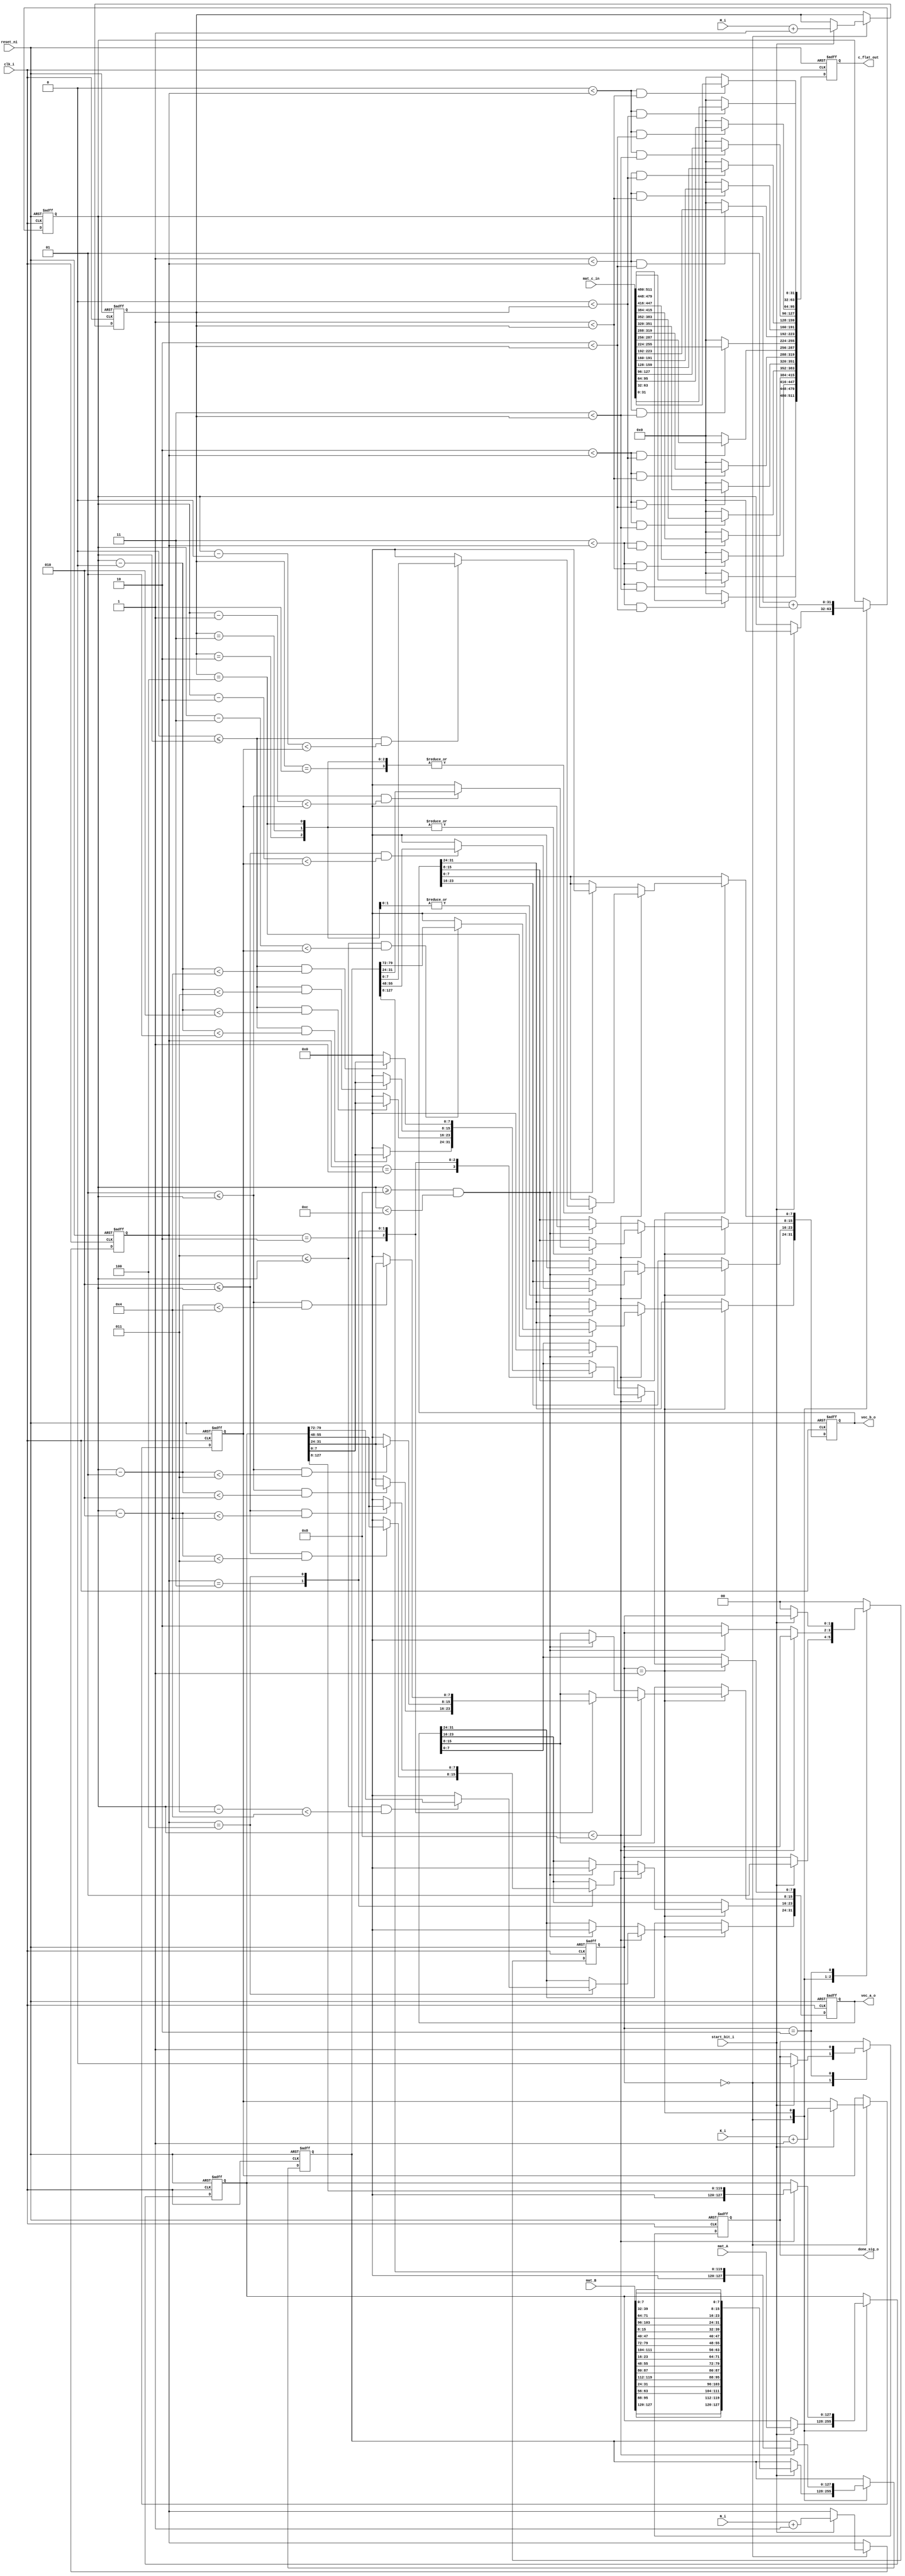
module mat_pad (clk_i,reset_ni,start_bit_i,mat_A,mat_B,mat_c_in,N_i,K_i,M_i,vec_a_o,vec_b_o,c_flat_out,done_sig_o);
    parameter DW = 8; // Data width for matrix elements.
    parameter BW = 32; // Bus width for accumulators and outputs. Must be a multiple of DW.
    parameter [1:0] // pragma enum current_state_code gray
    STATE_DONE    = 2'b10,
     STATE_PADDING = 2'b01,
     STATE_START   = 2'b00;
    localparam MAX_DIM = BW / DW; // Maximum dimension of the matrix, derived from BW and DW.
    localparam Elements_Num = MAX_DIM * MAX_DIM; // Total number of elements in the matrix.
	
    input wire clk_i; // Clock input
    input wire reset_ni; // Active low reset input
    input wire start_bit_i;
    input wire [(Elements_Num*DW)-1:0] mat_A;
    input wire [(Elements_Num*DW)-1:0] mat_B;
    input wire [(BW*Elements_Num)-1:0] mat_c_in;
    input wire [1:0] N_i, K_i, M_i;
    output reg [(MAX_DIM*DW)-1:0] vec_a_o;
    output reg [(MAX_DIM*DW)-1:0] vec_b_o;
    output reg [(BW * MAX_DIM * MAX_DIM)-1:0] c_flat_out;
    output reg done_sig_o;

    //----------------------Internal wires-----------------------
    integer i, j, cycle_count; // Decoded Dimensions of the matrix for processing
    reg  [(Elements_Num*DW)-1:0] shifted_mat_A;
    reg  [(Elements_Num*DW)-1:0] shifted_mat_B;
    wire [(Elements_Num*DW)-1:0] mat_B_T;
    reg [1:0] current_state;
    reg [2:0] N,K,M;

    genvar row, col;
    // Generating the transpose of matrix B
    generate
        for (row = 0; row < MAX_DIM; row = row + 1) begin: row_loop
            for (col = 0; col < MAX_DIM; col = col + 1) begin: col_loop
               assign mat_B_T[(col*MAX_DIM+row+1)*DW-1 -: DW] = mat_B[(row*MAX_DIM+col+1)*DW-1 -: DW];
            end
        end
    endgenerate
  
    //---------------------------FSM------------------------------
    always @(posedge clk_i or negedge reset_ni) begin : FSM
        if (!reset_ni) begin
            // Reset logic
            vec_a_o <= 0;
            vec_b_o <= 0;
            shifted_mat_A <= 0;
            shifted_mat_B <= 0;
            done_sig_o <= 0;
            current_state <= STATE_START;
            cycle_count <= 0;

            N <= 0;
            K <= 0;
            M <= 0; 
          end
        else begin
          // Operating based on the current state
            case (current_state)
                STATE_START: begin
                    if (start_bit_i) begin  // Begin operations, loading matrices and setting dimensions
                        shifted_mat_A <= mat_A;
                        shifted_mat_B <= mat_B_T;
                        current_state <= STATE_PADDING;
                        cycle_count <= 0;
                        done_sig_o <= 0;
                        N <= N_i + 1;
                        K <= K_i + 1;
                        M <= M_i + 1;
                    end
                end
                STATE_PADDING: begin
                /* Padding logic for matrices
                 This part involves  logic to handle matrix padding
                 based on the cycle count and matrix dimensions N, K, M
                 It dynamically adjusts the output matrices vec_a_o and vec_b_o
                 based on the input matrices and dimensions
                 We move bits around to make sure they line up just right
                Depending on how big N and M are, we do things a bit differently*/
                
                   if (cycle_count < {25'b0, 2*MAX_DIM}) begin     
                              case(N)
                              1: begin
                                  for (i = 0; i < 1; i = i + 1)
                                   begin
                                      if ((i <= cycle_count) && (cycle_count-i<1)) begin
                                        vec_a_o[(i+1)*DW-1 -: DW] <=  shifted_mat_A[((MAX_DIM-1)*i+1)*DW-1 -: DW];
                                      end 
                                      else 
                                      begin
                                        vec_a_o[(i+1)*DW-1 -: DW] <= 0;
                                      end
                                  end
                        
    
                              end
                              2:
                               begin
                                 for (i = 0; i < 2; i = i + 1) begin
                                      if ((i <= cycle_count) && (cycle_count-i<2)) begin
                                        vec_a_o[(i+1)*DW-1 -: DW] <=  shifted_mat_A[((MAX_DIM-1)*i+1)*DW-1 -: DW];
                                      end 
                                      else begin
                                        vec_a_o[(i+1)*DW-1 -: DW] <= 0;
                                      end
                                  end
                              end
                              3: begin
                                 for (i = 0; i < 3; i = i + 1) begin
                                      if ((i <= cycle_count) && (cycle_count-i<3)) begin
                                        vec_a_o[(i+1)*DW-1 -: DW] <=  shifted_mat_A[((MAX_DIM-1)*i+1)*DW-1 -: DW];
                                      end 
                                      else
                                       begin
                                        vec_a_o[(i+1)*DW-1 -: DW] <= 0;
                                      end
                                  end
                              end
                              4: 
                              begin
                                 for (i = 0; i < 4; i = i + 1) begin
                                      if ((i <= cycle_count) && (cycle_count-i<4)) begin
                                        vec_a_o[(i+1)*DW-1 -: DW] <=  shifted_mat_A[((MAX_DIM-1)*i+1)*DW-1 -: DW];
                                      end 
                                      else begin
                                        vec_a_o[(i+1)*DW-1 -: DW] <= 0;
                                      end
                                  end
                               end
                               
                              default: begin
                              // we made this is just for coding practice although it's not necessary
                              end
                          
                          endcase
                          
                          case(M)
                              1: begin
                                  for (j = 0; j < 1; j = j + 1) begin   
                                      if ((j <= cycle_count) && (cycle_count-j < {30'b0,K})) begin
                                          vec_b_o[(j+1)*DW-1 -: DW] <= shifted_mat_B[((MAX_DIM-1)*j+1)*DW-1 -: DW];
                                      end else begin
                                          vec_b_o[(j+1)*DW-1 -: DW] <= 0;
                                      end
                                  end  
    
                              end
                              2: begin
                                  for (j = 0; j < 2; j = j + 1) begin   
                                      if ((j <= cycle_count) && (cycle_count-j< {30'b0,K})) begin
                                          vec_b_o[(j+1)*DW-1 -: DW] <= shifted_mat_B[((MAX_DIM-1)*j+1)*DW-1 -: DW];
                                      end else begin
                                          vec_b_o[(j+1)*DW-1 -: DW] <= 0;
                                      end
                                  end  
                              end
                              3: begin
                                  for (j = 0; j < 3; j = j + 1) begin   
                                      if ((j <= cycle_count) && (cycle_count-j<{30'b0,K})) begin
                                          vec_b_o[(j+1)*DW-1 -: DW] <= shifted_mat_B[((MAX_DIM-1)*j+1)*DW-1 -: DW];
                                      end else begin
                                          vec_b_o[(j+1)*DW-1 -: DW] <= 0;
                                      end
                                  end
                              end
                              4: begin
                                  for (j = 0; j < 4; j = j + 1) begin   
                                      if ((j <= cycle_count) && (cycle_count-j<{30'b0,K})) begin
                                          vec_b_o[(j+1)*DW-1 -: DW] <= shifted_mat_B[((MAX_DIM-1)*j+1)*DW-1 -: DW];
                                      end else begin
                                          vec_b_o[(j+1)*DW-1 -: DW] <= 0;
                                      end
                                  end  
                              end
                              
                              default: begin
                              // we made this is just for coding practice although it's not necessary
                              end
                          endcase
                          
                        shifted_mat_A <= shifted_mat_A >> DW;
                        shifted_mat_B <= shifted_mat_B >> DW; 
                    end           
                    else if(cycle_count >= {25'b0,(2*MAX_DIM)} && cycle_count < {24'b0,(3*MAX_DIM)}) begin
                        vec_a_o <= 0;
                        vec_b_o <= 0;                      
                    end
                    else begin
                        // Finish
                        current_state <= STATE_DONE;
                    end
                    cycle_count <= cycle_count + 1;    
                end
                STATE_DONE: begin                  
                // Signal that the operation is done
                    done_sig_o <= 1;
                    if(!start_bit_i) begin
                      // Prepare for next start
						          current_state <= STATE_START;
					          end
                end
                default: begin
                    current_state <= STATE_START;
                end
            endcase
        end
    end
    
    always @(posedge clk_i or negedge reset_ni) begin : C_IN_OUT
        if (!reset_ni) begin
            c_flat_out <= 0;
        end 
        else begin   
            // Additional logic for handling matrix C output
            for (i = 0; i < MAX_DIM; i = i + 1) begin
                for (j = 0; j < MAX_DIM; j = j + 1) begin
                    if (i < {29'b0,N} && j < {29'b0,M}) begin
                        // Keep elements within MxN boundaries
                        c_flat_out[(i*MAX_DIM+j + 1)*BW-1 -: BW] <= mat_c_in[(i*MAX_DIM+j + 1)*BW-1 -: BW];
                    end else begin
                        // Clear elements outside MxN boundaries
                        c_flat_out[(i*MAX_DIM+j + 1)*BW-1 -: BW] <= 0;
                    end
                end
            end   
        end        
    end
endmodule